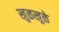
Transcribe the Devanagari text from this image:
खुळखुळे